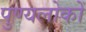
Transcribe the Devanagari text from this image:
पुण्यलोकों